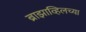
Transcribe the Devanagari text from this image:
ब्राझाव्हिलच्या